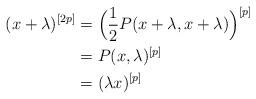
LaTeX: \begin{align*}(x+\lambda)^{[2p]}&=\Big( \frac{1}{2}P(x+\lambda,x+\lambda) \Big)^{[p]}\\&=P(x,\lambda)^{[p]}\\&=(\lambda x)^{[p]}\end{align*}